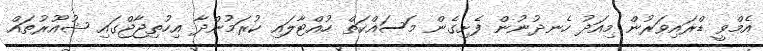
އެމްވީ ޑްރައިވަރުން މިއަދު ހެނދުނުން ފެށިގެން މަސައްކަތް ހުއްޓާލައި ކުރަމުންދާ އިހުތިޖާޖްގައި ޝުއޫރުތައް